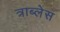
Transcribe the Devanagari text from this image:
त्राब्लेस